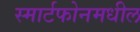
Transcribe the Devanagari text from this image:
स्मार्टफोनमधील